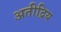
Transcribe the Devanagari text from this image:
अतीद्रिय